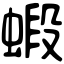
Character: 𧎚